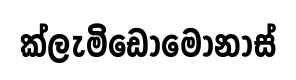
ක්ලැමිඩොමොනාස්